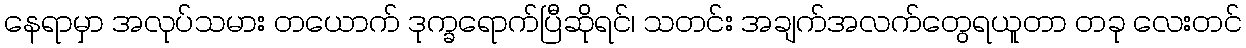
နေရာမှာ အလုပ်သမား တယောက် ဒုက္ခရောက်ပြီဆိုရင်၊ သတင်း အချက်အလက်တွေရယူတာ တခု လေးတင်